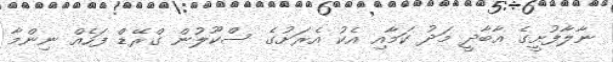
ނާލާފުށީގެ އާބާދީ މަދު ކަމާއި އެކު އެރަށުގެ ސްކޫލުން ގްރޭޑް ފަހެއްް ނިންމާ